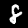
Digit: 8